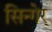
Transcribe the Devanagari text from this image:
सिन्गेर्